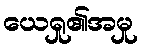
ယေရှု၏အမှု